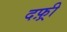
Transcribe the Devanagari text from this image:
दफ़्री